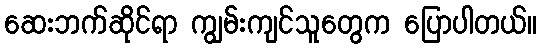
ဆေးဘက်ဆိုင်ရာ ကျွမ်းကျင်သူတွေက ပြောပါတယ်။